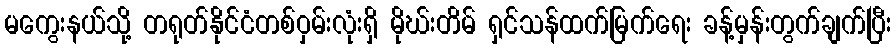
မကွေးနယ်သို့ တရုတ်နိုင်ငံတစ်ဝှမ်းလုံးရှိ မိုဃ်းတိမ် ရှင်သန်ထက်မြက်ရေး ခန့်မှန်းတွက်ချက်ပြီး